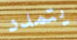
يتمدد